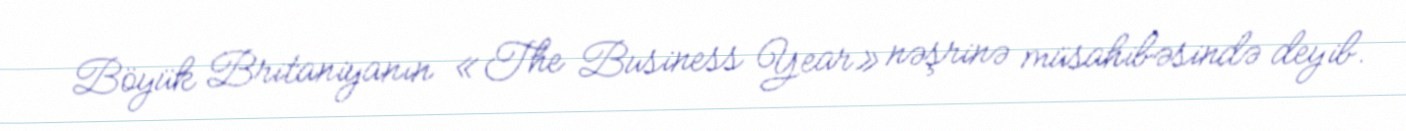
Böyük Britaniyanın «The Business Year» nəşrinə müsahibəsində deyib.